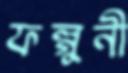
ফল্গুনী